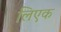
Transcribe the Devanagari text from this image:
लिएक